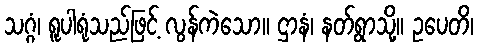
သဂ္ဂံ၊ ရူပါရုံသည်ဖြင့် လွန်ကဲသော။ ဌာနံ၊ နတ်ရွာသို့။ ဥပေတိ၊